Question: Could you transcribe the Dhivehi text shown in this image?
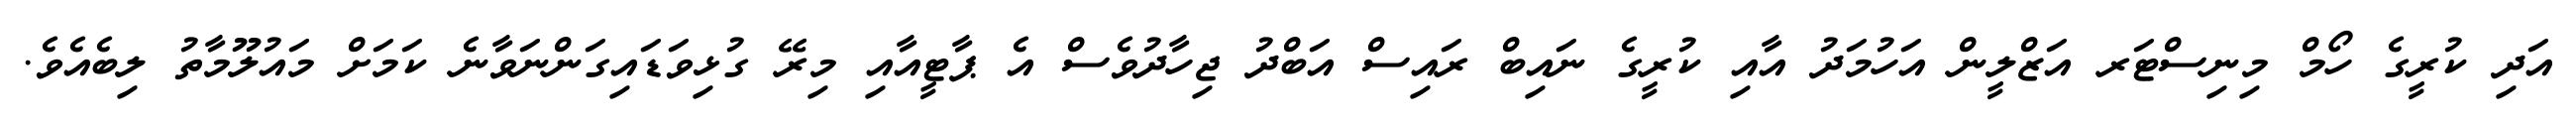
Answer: އަދި ކުރީގެ ހޯމް މިނިސްޓަރ އަޒްލީން އަހުމަދު އާއި ކުރީގެ ނައިބް ރައިސް އަބްދު ޖިހާދުވެސް އެ ޕާޓީއާއި މިރޭ ގުޅިވަޑައިގަންނަވާނެ ކަމަށް މައުލޫމާތު ލިބެއެވެ.